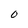
Character: O